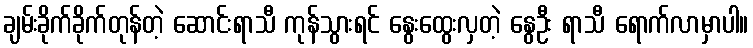
ချမ်းခိုက်ခိုက်တုန်တဲ့ ဆောင်းရာသီ ကုန်သွားရင် နွေးထွေးလှတဲ့ နွေဦး ရာသီ ရောက်လာမှာပါ။